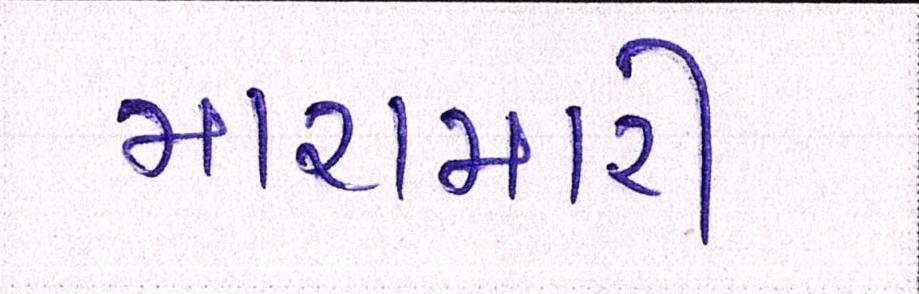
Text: મારામારી